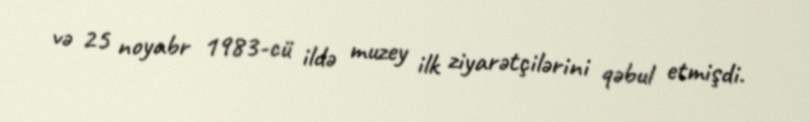
və 25 noyabr 1983-cü ildə muzey ilk ziyarətçilərini qəbul etmişdi.